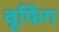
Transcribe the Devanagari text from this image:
वूफिंग